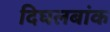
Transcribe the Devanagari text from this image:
दिघलबांक